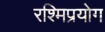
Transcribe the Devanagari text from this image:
रश्मिप्रयोग